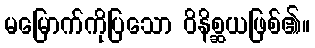
မမြောက်ကိုပြသော ဝိနိစ္ဆယဖြစ်၏။